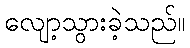
လျော့သွားခဲ့သည်။